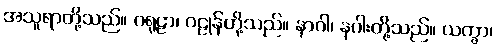
အသူရာတို့သည်။ ဂရုဠာ၊ ဂဠုန်တို့သည်။ နာဂါ၊ နဂါးတို့သည်။ ယက္ခာ၊